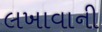
લખાવાની